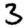
Digit: 3